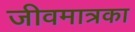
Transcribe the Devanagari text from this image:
जीवमात्रका